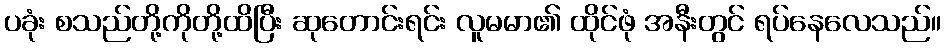
ပခုံး စသည်တို့ကိုတို့ထိပြီး ဆုတောင်းရင်း လူမမာ၏ ထိုင်ဖုံ အနီးတွင် ရပ်နေလေသည်။